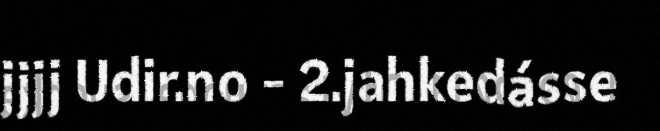
jjjj Udir.no - 2.jahkedásse